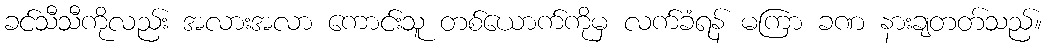
ခင်သီသီကိုလည်း အလားအလာ ကောင်းသူ တစ်ယောက်ကိုမှ လက်ခံရန် မကြာ ခဏ နားချတတ်သည်။